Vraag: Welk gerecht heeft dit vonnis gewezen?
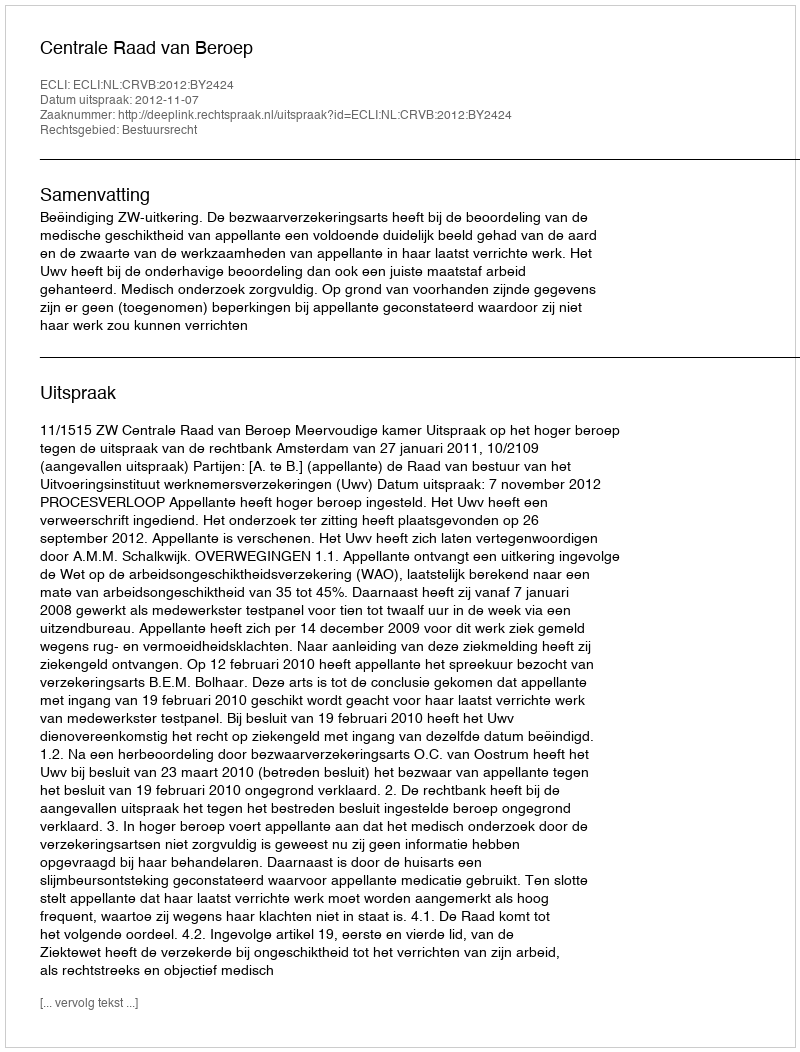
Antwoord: Centrale Raad van Beroep